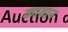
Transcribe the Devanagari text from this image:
कावान